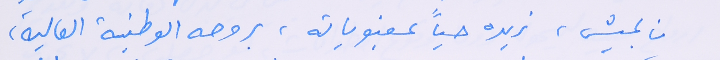
فالجيش، نريده حياً بمعنوياته، بروحه الوطنية العالية،